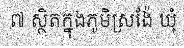
៧ ស្ថិតក្នុងភូមិស្រង៉ែ ឃុំ